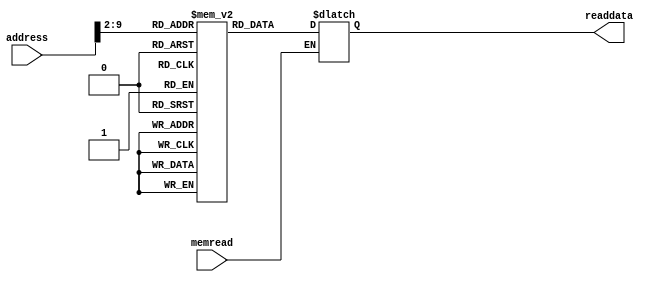
module IMemBank(input memread, input [31:0] address, output reg [31:0] readdata);
 
  reg [31:0] mem_array [255:0];
  reg [31:0]temp;
  integer i;
  initial begin
    for (i=11; i<255; i=i+1)   
	begin
       	mem_array[i]=32'b0;
	end
  end
  always@(memread, address, mem_array[address])
  begin
    if(memread)begin
      temp=address>>2;
      readdata=mem_array[temp];
    end
  end
endmodule